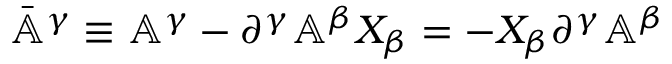
\bar { \mathbb { A } } ^ { \gamma } \equiv \mathbb { A } ^ { \gamma } - \partial ^ { \gamma } \mathbb { A } ^ { \beta } X _ { \beta } = - X _ { \beta } \partial ^ { \gamma } \mathbb { A } ^ { \beta }